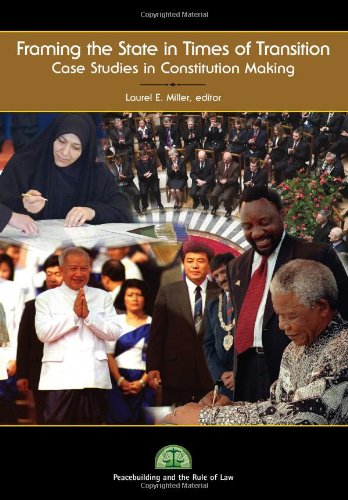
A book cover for Framing the State in Times of Transition: Case Studies in Constitution Making; Crafts, Hobbies & Home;